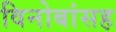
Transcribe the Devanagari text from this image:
विनोबांसह